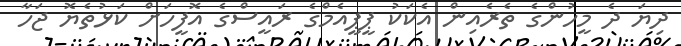
ދިޔަ ދެ މީހުންގެ ތެރެއިން އެކަކު ޕީޕީއެމްގެ ރައީސްގެ އޮފީހަށް ކަޅުތެޔޮ ޖަހާ